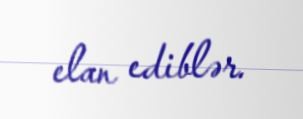
elan ediblər.